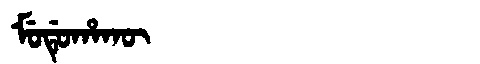
Manchu: ᠮᡠᡩᡠᡥᠠᡴᡡ
Romanization: MUDUHAKŪ